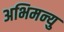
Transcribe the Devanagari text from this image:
अभिमन्‍यु